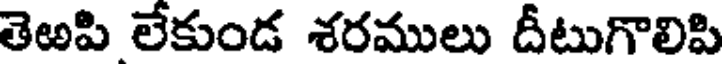
తెఱపి లేకుండ శరములు దీటుగొలిపి